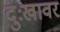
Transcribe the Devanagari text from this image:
दुःखावर